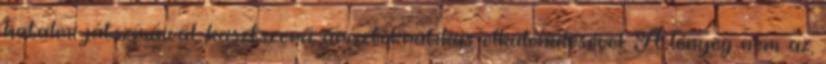
hatalmi játszmáival, kasztszerű, arisztokratikus elkülönülésével. A lényeg nem az,